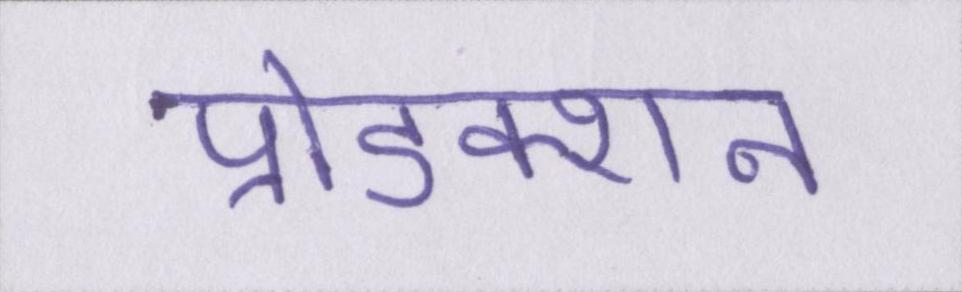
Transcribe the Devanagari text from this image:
प्रोडक्शन